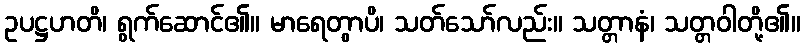
ဥပဋ္ဌဟတိ၊ ရွက်ဆောင်၏။ မာရေတွာပိ၊ သတ်သော်လည်း။ သတ္တာနံ၊ သတ္တဝါတို့၏။